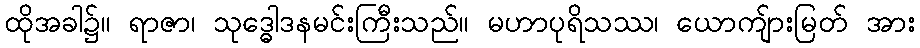
ထိုအခါ၌။ ရာဇာ၊ သုဒ္ဓေါဒနမင်းကြီးသည်။ မဟာပုရိသဿ၊ ယောကျ်ားမြတ် အား